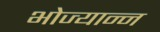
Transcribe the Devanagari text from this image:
भोज्यान्न